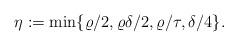
LaTeX: \begin{align*}\eta:=\min\{\varrho/2,\varrho\delta/2,\varrho/\tau,\delta/4\}.\end{align*}